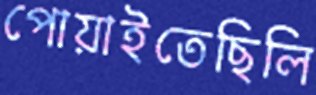
পোয়াইতেছিলি